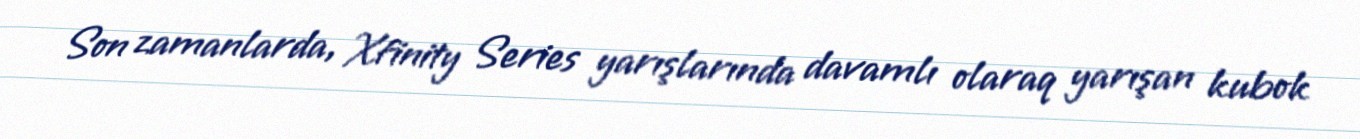
Son zamanlarda, Xfinity Series yarışlarında davamlı olaraq yarışan kubok